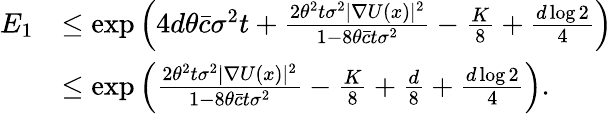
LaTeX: \begin{array}{rl}{E_{1}}&{\le\exp\left(4d\theta\bar{c}\sigma^{2}t+\frac{2\theta^{2}t\sigma^{2}|\nabla U(x)|^{2}}{1-8\theta\bar{c}t\sigma^{2}}-\frac{K}{8}+\frac{d\log 2}{4}\right)}\\ &{\le\exp\left(\frac{2\theta^{2}t\sigma^{2}|\nabla U(x)|^{2}}{1-8\theta\bar{c}t\sigma^{2}}-\frac{K}{8}+\frac{d}{8}+\frac{d\log 2}{4}\right).}\end{array}